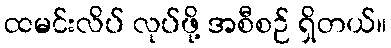
ထမင်းလိပ် လုပ်ဖို့ အစီစဉ် ရှိတယ်။